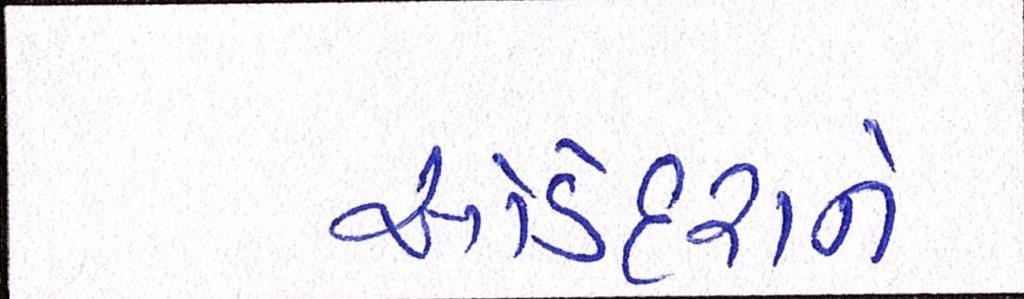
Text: ઓડેદરાને